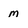
Character: M